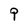
Character: q